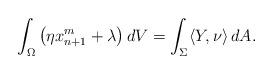
LaTeX: \begin{align*}\int_\Omega \left(\eta x_{n+1}^m+\lambda\right)dV = \int_\Sigma\langle Y,\nu\rangle\,dA.\end{align*}